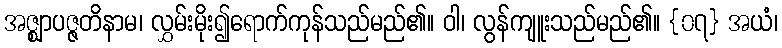
အဇ္ဈာပဇ္ဇတိနာမ၊ လွှမ်းမိုး၍ရောက်ကုန်သည်မည်၏။ ဝါ၊ လွန်ကျူးသည်မည်၏။ {၀၇} အယံ၊